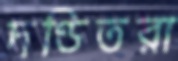
দণ্ডিতরা